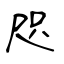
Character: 咫